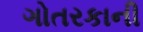
ગોતરકાની